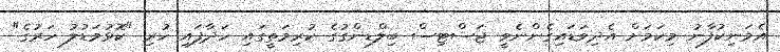
އެމަނިކުފާނު މިކަމަށް އެދިވަޑައިގެންނެވީ ޖަސްޓިސް ބިލްޑިންގުގެ ކުރިމަތީގައި ހަދާފައި ހުރި "ކޮޅުމަޑުލު ހަރުގެ"